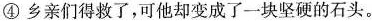
④乡亲们得救了，可他却变成了一块坚硬的石头。